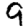
Digit: 9